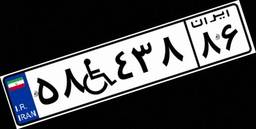
۵۸W۴۳۸۸۶